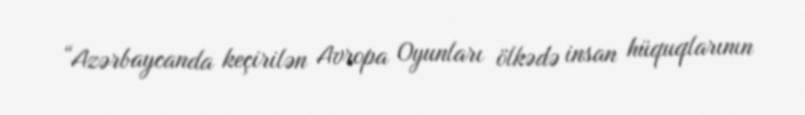
“Azərbaycanda keçirilən Avropa Oyunları ölkədə insan hüquqlarının